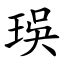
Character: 㻍